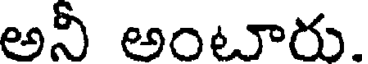
అనీ అంటారు.